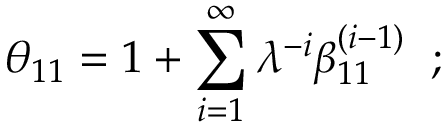
\theta _ { 1 1 } = 1 + \sum _ { i = 1 } ^ { \infty } \lambda ^ { - i } \beta _ { 1 1 } ^ { ( i - 1 ) } \; \; ; \; \;